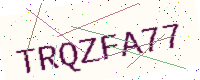
Text: TRQZFA77